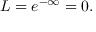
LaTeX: L = { e } ^ { - \infty } = 0 .